Lunatic asylums Madras 1892-1911 - 1892-1911
Year: 1892
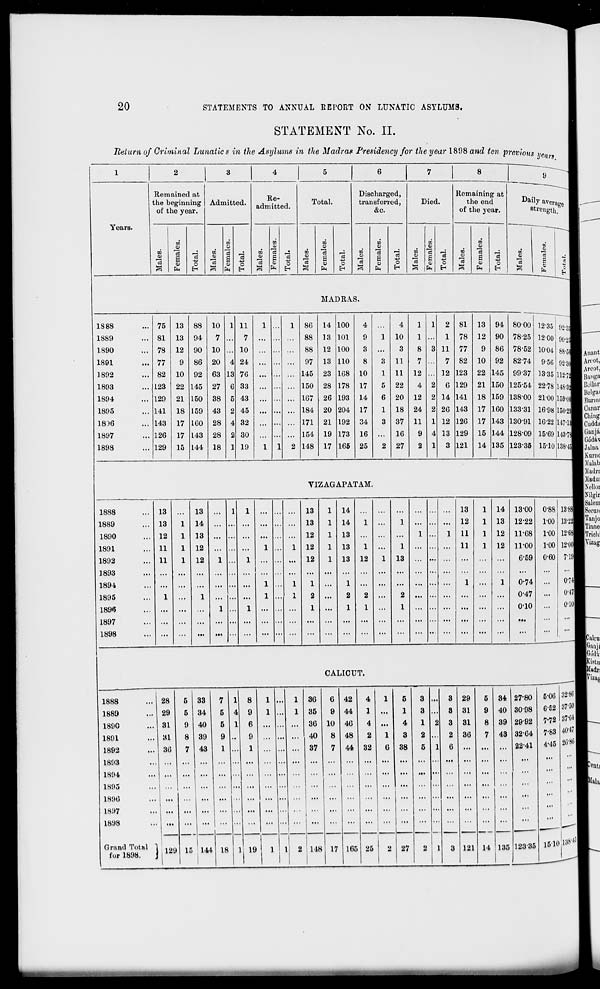
20
STATEMENTS TO ANNUAL EEI'ORT ON LUNATIC ASYLUMS.
STATEMENT No. II.
Return of Criminal Lunatics in the Asylums in the Madras Presidency for the year 1898 and ten previous
9
Years.
Remained at
the beginning
of the year.
IS 88
1889
1.890
1891
1892
1893
1894
1895
18)6
1897
1898
13
co
0)
Ol
o
Admitted.
CO
0)
o
EH
Re-
admitted.
93
Ol
13
o
EH
Total.
CO
o
c9
8
Discharged,
transferred,
&o.
CO
CO
a)
O
c9
DO
a
s
cd
13
S
0)
o
Ol
EH
H
EH
o
Died.
CO
o
C
Remaining at
the end
of the year.
CO
01
CO
3
13
S
0)
EH
d
O
EH
Dail 7 av cra
strength.
01
13
01
41
"3
s
1)
EH
MADRAS.
75
81
78
77
82
123
129
141
143
126
129
13
13
12
9
10
22
21
18
17
17
15
88
94
90
86
92
145
150
159
160
143
144
10
7
10
20
63
27
38
43
28
28
18
11
7
10
24
76
33
43
45
32
30
19
86
88
88
97
145
150
167
184
171
154
148
14
13
12
13
23
28
26
20
21
19
17
100
101
100
110
168
178
193
204
192
173
165
4
9
3
8
10
17
14
17
34
16
25
4
10
8
11
11
22
20
18
37
16
27
1
1
8
7
12
4
12
24
11
9
2
2
1
11
7
12
6
14
26
12
13
3
81
78
77
82
123
129
141
143
126
129
121
13
12
9
10
22
21
18
17
17
15
14
94
90
86
92
145
150
159
160
143
144
135
8000
78-25
78-52
82-74
99-37
125-54
13800
133-31
130-91
128-09
12335
12-35
1200
92-33
90-23
10-04 88-oa
9-56 92-3d
33-35 uH
22-78 148-J
21-00 1691
16-98 150-2^
16-22 147-11
15-69 143-fo
15-10 138-45
VIZAGAPATAM.
1888
13
13
...
1
1
13
l 14
...
13
1 14 13-00 0-88 1388
1889
13
1
14
...
... 13
l 14
1 ...
1
... ... ... 12
1 13 1222 1-00 13-22
1890
12
1 13
.
12
l 13 ...
...
...
1 ...
1 U
1 12 11-68 1-00 12-68
1891
11
1 12
...
1 ..
1 12
l 13
1
...
1
... ... ... 11
1 12 11-00 1-00 12'Ofl
1892
11
1
12
1 ..
1
... 12
l 13 12
1 13
... ... ...
...
...
...
6-59 0-60 7-19
1893
...
...
...
...
...
...
...
...
...
...
...
... ... ...
...
...
...
...
...
...
1894
1 ..
1
1
...
1 ...
...
...
... ... ...
1 ...
1
0-74
...
071
1895
1
1
1 ..
X
2 ...
2
2 ...
2 ... ... ...
...
...
...
0-47
...
0-47
1896
...
...
...
1 ..
1
.
1
...
1
1
...
1
... ... ...
...
...
...
010
...
o-io
1897
...
...
...
. ...
. ...
...
...
...
...
...
...
...
...
...
...
...
Mi
...
...
1898
...
...
... .. . ...
. ...
...
...
...
...
... ... ...
...
...
...
...
...
CALICUT.
1888
28
5 33
7 1 8
1 .
1 36
6 42
4
1
5
3
3 29
5 84 27-80
5-06 32-80
1889
29
5 34
5
4 9
1 .
1 35
9 44
1
...
1
3 ... 8 31
9 40 3098
652 37-50
1890
31
9 40
5 1 6
36 10 46
4 ...
4
1 2 3 81
8 39 2992
7-72 3/'b4
1891
31
8 39
9 .
9
40
8 48
2
1
3
2 ... 2 36
7 43 32-04 7-83 40-4/
1892
36
7 43
1 .
1
...
37
7 44 32
6 38
5 1 6 ...
...
... 2241
4-45 Htt'86
1893
...
...
...
... . . ...
... .
...
...
...
...
...
...
...
...
...
...
...
...
...
1894
...
...
...
... . ..| ...
... .
...
...
...
...
...
... ... ...
...
...
...
...
...
1895
i '" 1 ••• ... ... .
... .
...
...
...
...
... 1 ... ...
...
...
...
1896
! ...
...
...
...
... .
...
...
...
...
...
...
... ... ...
...
...
...
...
...
1897
...
...
...
... .
... .. ...
...
...
...
...
...
...
... ... ...
...
...
...
...
••■
1898
Grand Total '
fur 1898.
i
j 121 15 .144
... .
...
17 165
...
...
...
2 1 3 121 14 135
...
1510
18 1, 19
1 1 2 UK
25
2 27
12335
'lJS'l